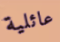
عائلية